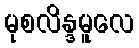
မုစလိန္ဒမူလေ